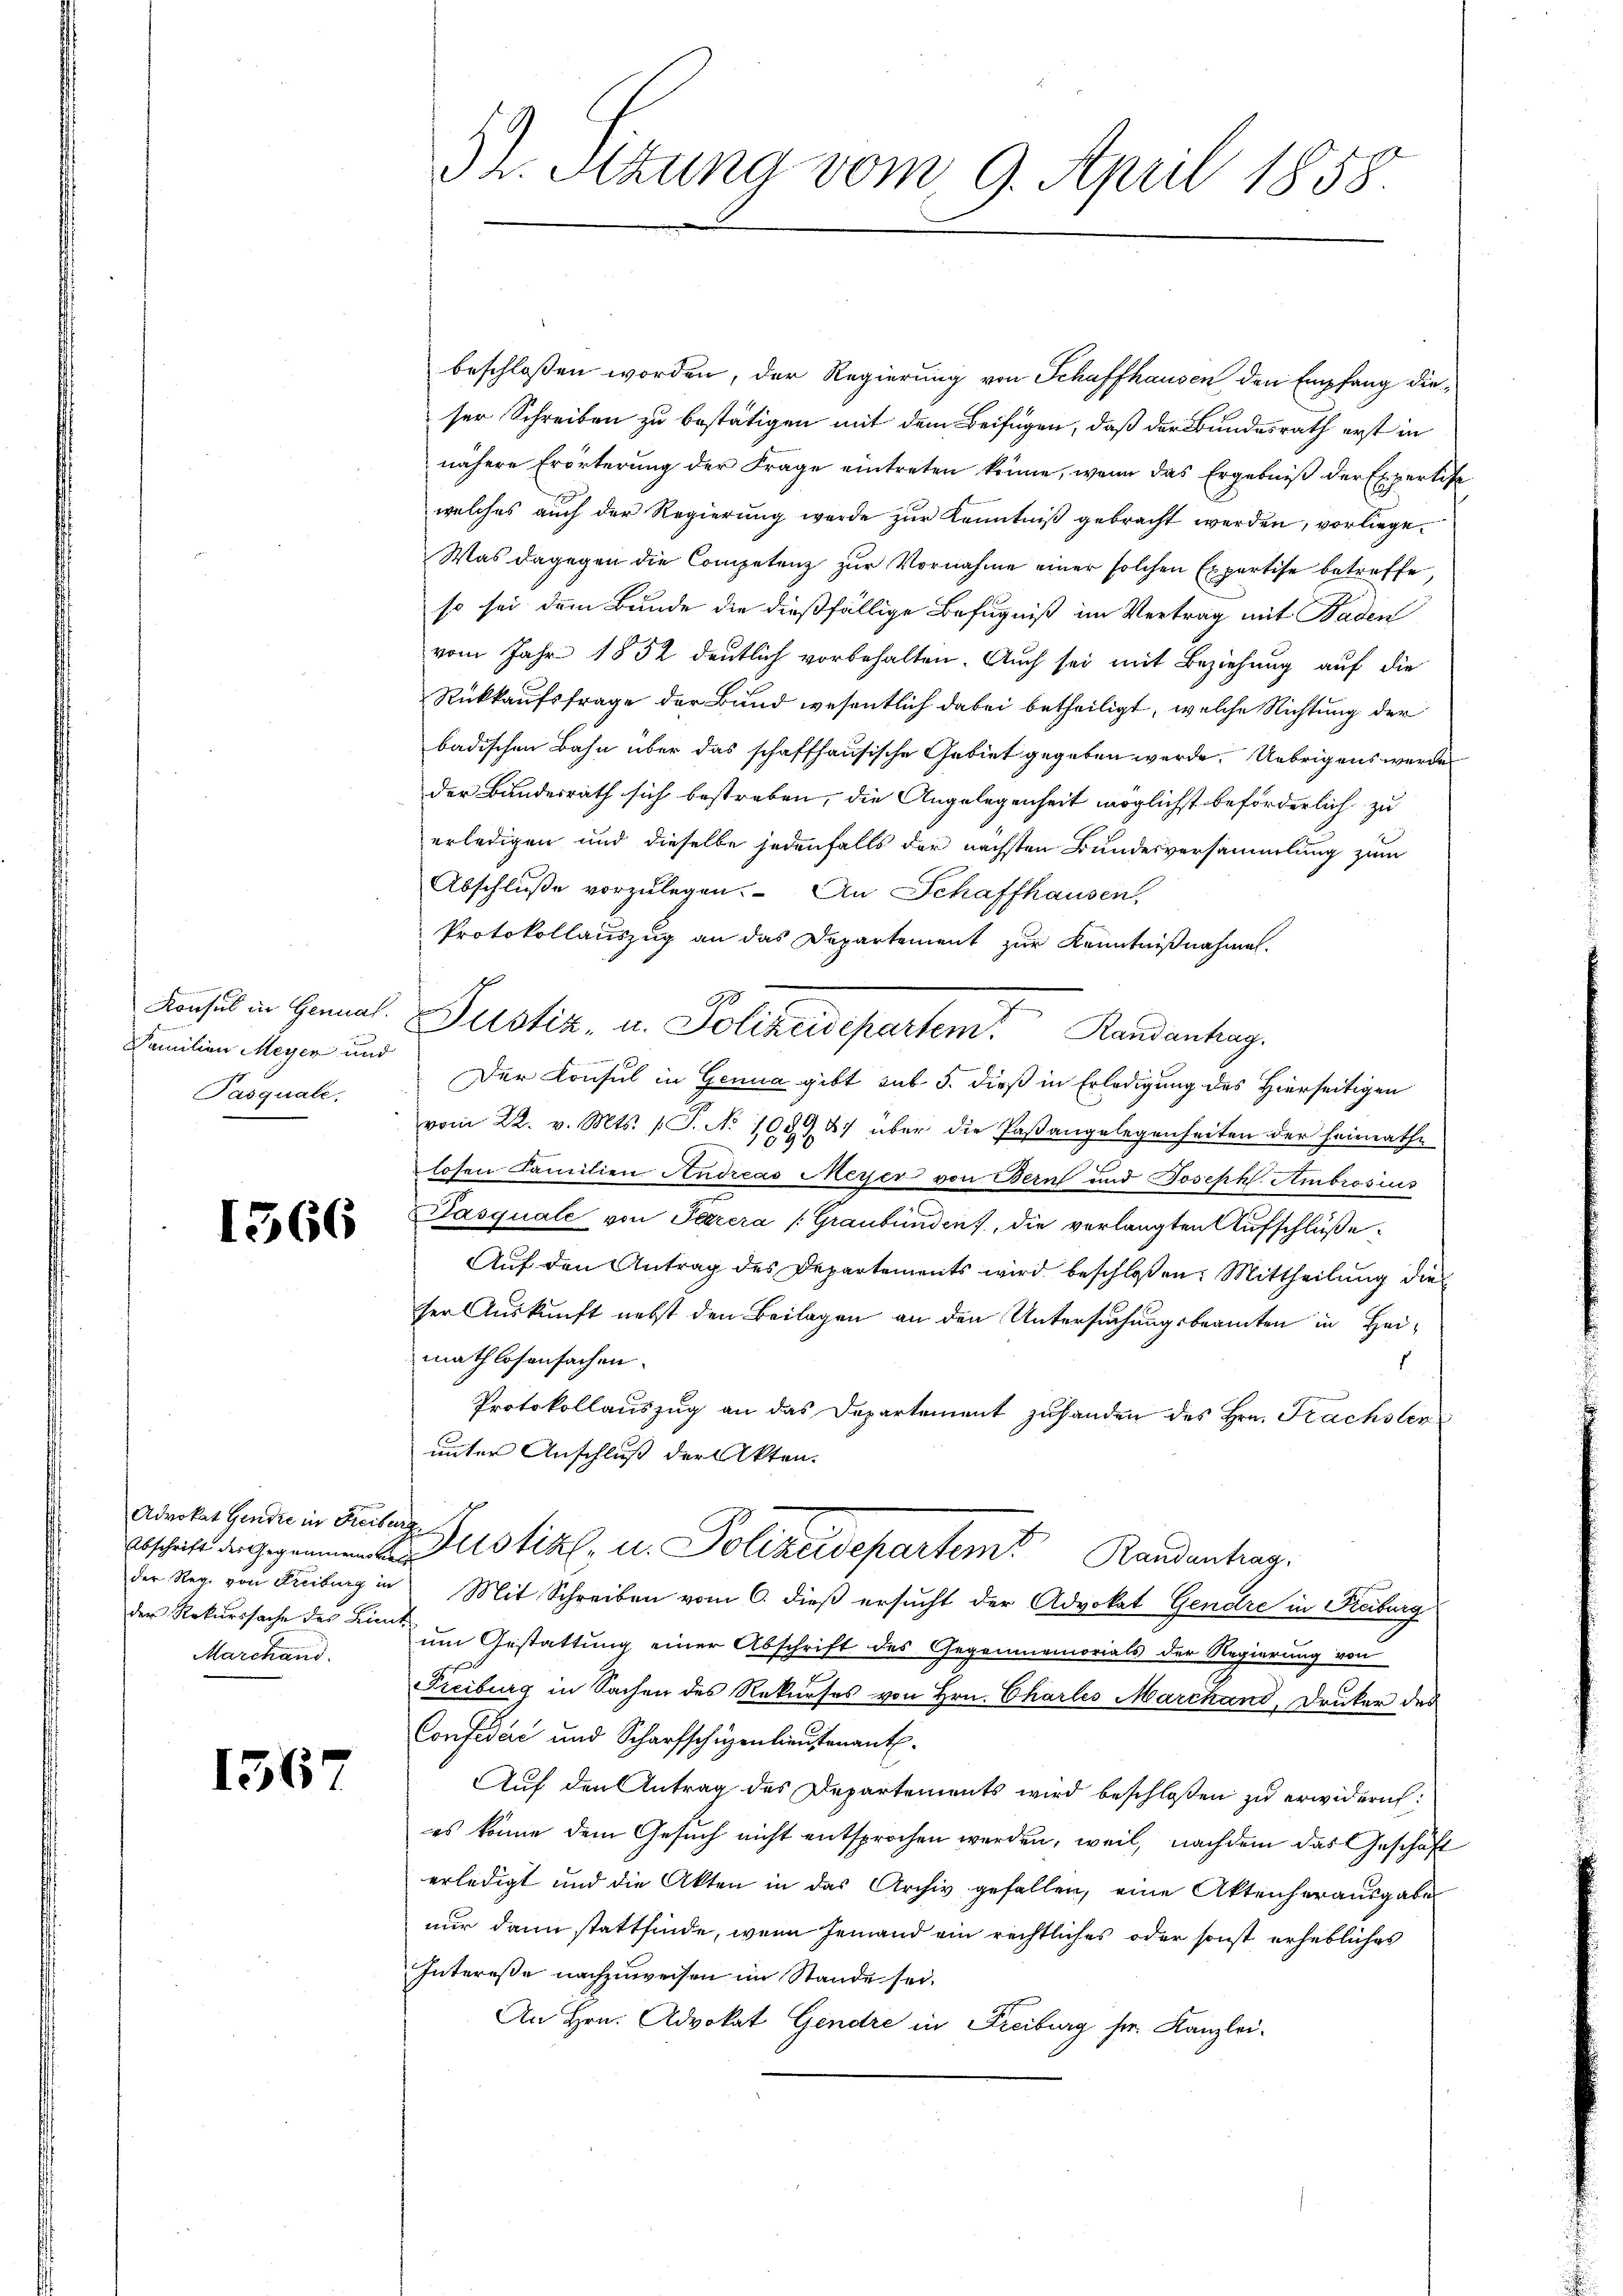
Familien Meyer und

1366

Advokat Gendre in Freiburg
der Reg. von Freiburg in
Marchand

1567

52. Sizung vom 9. April 1858.

beschlossen worden, der Regierung von Schaffhausen den Empfang dieser Schreiben zu bestätigen mit dem Beifügen, daß der Bundesrath erst in
nähere Erörterung der Frage eintreten könne, wenn das Ergebniß der Expertis
welches auch der Regierung werde zur Kenntniß gebracht werden, vorliege¬
Was dagegen die Competenz zur Vornahme einer solchen Expertise betreffe,
so sei dem Bunde die dießfällige Befugniß im Vertrag mit Baden
vom Jahr 1852 deutlich vorbehalten. Auch sei mit Beziehung auf die
Rückkaufsfrage der Bund wesentlich dabei betheiligt, welche Richtung der
badischen Bahn über das schaffhausische Gebiet gegeben werde. Uebrigens werde
der Bundesrath sich bestreben, die Angelegenheit möglichst beförderlich zu
erledigen und dieselbe jedenfalls der nächsten Bundesversammlung zum
Abschluße vorzulegen. An Schaffhausen,
Protokollauszug an das Departement zur Kenntnißnahmen.
Konsul in Genual. Justiz- u. Polizeidepartem Randantrag.
Pasquale. Der Konsul in Genua gibt sub 5. dieß in Erledigung des Hierseitigen
vom 22. v. Mts. (T. No 1059 27 über die Paßangelegenheiten der Heimathe
losen Familien Andreas Meyer von Bern und Joseph Ambrosius
Pasquale von Peerera (Graubünden, die verlangten Aufschlüße
Auf den Antrag des Departements wird beschloßen: Mittheilung die
ser Auskunft nebst den Beilagen an den Untersuchungsbeamten in Heimathlosensachen.
Protokollauszug an das Departement zu handen des Hrn. Frachsler
unter Anschluß der Akten.
i. u. Polizeidepartem Randentrag
Mit Schreiben vom 6. dieß ersucht der Advokat Gendre in Reiburg
der Rekurssache des Kind um Gestattung einer Abschrift des Gegenmemorials der Regierung von
Freiburg in Sachen des Rekurses von Hrn. Charles Marchand, Druker des
Confidić und Scharfschüzenlieutenant.
Auf den Antrag des Departements wird beschloßen zu erwidern:
es könne dem Gesuch nicht entsprochen werden, weil, nachdem das Geschäft
erledigt und die Akten in das Archiv gefallen, eine Aktenherausgabe
nur dann stattfinde, wenn jemand ein rechtliches oder sonst erhebliches
Intereße nachzuweisen im Stande sei.
An Hrn. Advokat Gendre in Freiburg sr. Kanzlei-